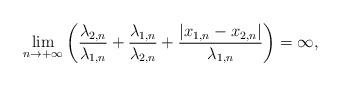
LaTeX: \begin{align*} \lim_{n \rightarrow +\infty} \left(\frac{\lambda_{2,n}}{\lambda_{1,n}}+ \frac{\lambda_{1,n}}{\lambda_{2,n}} + \frac{|x_{1,n} - x_{2,n}|}{\lambda_{1,n}}\right) = \infty, \end{align*}